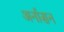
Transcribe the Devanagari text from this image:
अर्नासन